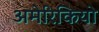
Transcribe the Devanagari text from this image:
अमेरिकियो